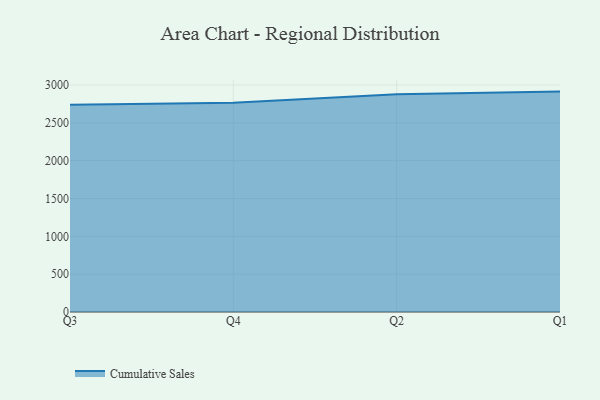
{"axis": {"x": "Quarter", "y": "Waste Production (Tons)"}, "legend": ["Cumulative Sales"], "data": [{"x": "Q3", "y": 2740.5, "type": "Cumulative Sales"}, {"x": "Q4", "y": 2766.4, "type": "Cumulative Sales"}, {"x": "Q2", "y": 2876.3, "type": "Cumulative Sales"}, {"x": "Q1", "y": 2912.7, "type": "Cumulative Sales"}]}